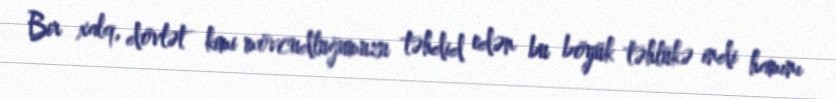
Bir xalq, dövlət kimi mövcudluğumuzu təhdid edən bu böyük təhlükə indi hamını